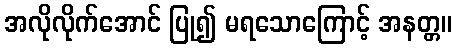
အလိုလိုက်အောင် ပြု၍ မရသောကြောင့် အနတ္တ။